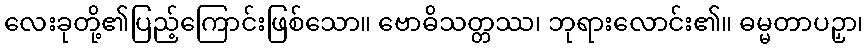
လေးခုတို့၏ပြည့်ကြောင်းဖြစ်သော။ ဗောဓိသတ္တဿ၊ ဘုရားလောင်း၏။ ဓမ္မတာပဉှာ၊